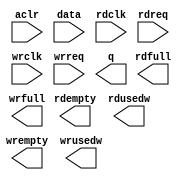
// megafunction wizard: %FIFO%VBB%
// GENERATION: STANDARD
// VERSION: WM1.0
// MODULE: dcfifo 

// ============================================================
// Megafunction Name(s):
// 			dcfifo
//
// Simulation Library Files(s):
// 			
// ============================================================
// ************************************************************
// THIS IS A WIZARD-GENERATED FILE. DO NOT EDIT THIS FILE!
//
// 14.0.0 Build 200 06/17/2014 SJ Full Version
// ************************************************************

//Copyright (C) 1991-2014 Altera Corporation. All rights reserved.
//Your use of Altera Corporation's design tools, logic functions 
//and other software and tools, and its AMPP partner logic 
//functions, and any output files from any of the foregoing 
//(including device programming or simulation files), and any 
//associated documentation or information are expressly subject 
//to the terms and conditions of the Altera Program License 
//Subscription Agreement, the Altera Quartus II License Agreement,
//the Altera MegaCore Function License Agreement, or other 
//applicable license agreement, including, without limitation, 
//that your use is for the sole purpose of programming logic 
//devices manufactured by Altera and sold by Altera or its 
//authorized distributors.  Please refer to the applicable 
//agreement for further details.

module alt_fifo_32b_64w (
	aclr,
	data,
	rdclk,
	rdreq,
	wrclk,
	wrreq,
	q,
	rdempty,
	rdfull,
	rdusedw,
	wrempty,
	wrfull,
	wrusedw);

	input	  aclr;
	input	[31:0]  data;
	input	  rdclk;
	input	  rdreq;
	input	  wrclk;
	input	  wrreq;
	output	[31:0]  q;
	output	  rdempty;
	output	  rdfull;
	output	[5:0]  rdusedw;
	output	  wrempty;
	output	  wrfull;
	output	[5:0]  wrusedw;
`ifndef ALTERA_RESERVED_QIS
// synopsys translate_off
`endif
	tri0	  aclr;
`ifndef ALTERA_RESERVED_QIS
// synopsys translate_on
`endif

endmodule

// ============================================================
// CNX file retrieval info
// ============================================================
// Retrieval info: PRIVATE: AlmostEmpty NUMERIC "0"
// Retrieval info: PRIVATE: AlmostEmptyThr NUMERIC "-1"
// Retrieval info: PRIVATE: AlmostFull NUMERIC "0"
// Retrieval info: PRIVATE: AlmostFullThr NUMERIC "-1"
// Retrieval info: PRIVATE: CLOCKS_ARE_SYNCHRONIZED NUMERIC "0"
// Retrieval info: PRIVATE: Clock NUMERIC "4"
// Retrieval info: PRIVATE: Depth NUMERIC "64"
// Retrieval info: PRIVATE: Empty NUMERIC "1"
// Retrieval info: PRIVATE: Full NUMERIC "1"
// Retrieval info: PRIVATE: INTENDED_DEVICE_FAMILY STRING "Cyclone II"
// Retrieval info: PRIVATE: LE_BasedFIFO NUMERIC "0"
// Retrieval info: PRIVATE: LegacyRREQ NUMERIC "0"
// Retrieval info: PRIVATE: MAX_DEPTH_BY_9 NUMERIC "0"
// Retrieval info: PRIVATE: OVERFLOW_CHECKING NUMERIC "0"
// Retrieval info: PRIVATE: Optimize NUMERIC "0"
// Retrieval info: PRIVATE: RAM_BLOCK_TYPE NUMERIC "0"
// Retrieval info: PRIVATE: SYNTH_WRAPPER_GEN_POSTFIX STRING "0"
// Retrieval info: PRIVATE: UNDERFLOW_CHECKING NUMERIC "0"
// Retrieval info: PRIVATE: UsedW NUMERIC "1"
// Retrieval info: PRIVATE: Width NUMERIC "32"
// Retrieval info: PRIVATE: dc_aclr NUMERIC "1"
// Retrieval info: PRIVATE: diff_widths NUMERIC "0"
// Retrieval info: PRIVATE: msb_usedw NUMERIC "0"
// Retrieval info: PRIVATE: output_width NUMERIC "32"
// Retrieval info: PRIVATE: rsEmpty NUMERIC "1"
// Retrieval info: PRIVATE: rsFull NUMERIC "1"
// Retrieval info: PRIVATE: rsUsedW NUMERIC "1"
// Retrieval info: PRIVATE: sc_aclr NUMERIC "0"
// Retrieval info: PRIVATE: sc_sclr NUMERIC "0"
// Retrieval info: PRIVATE: wsEmpty NUMERIC "1"
// Retrieval info: PRIVATE: wsFull NUMERIC "1"
// Retrieval info: PRIVATE: wsUsedW NUMERIC "1"
// Retrieval info: LIBRARY: altera_mf altera_mf.altera_mf_components.all
// Retrieval info: CONSTANT: INTENDED_DEVICE_FAMILY STRING "Cyclone II"
// Retrieval info: CONSTANT: LPM_NUMWORDS NUMERIC "64"
// Retrieval info: CONSTANT: LPM_SHOWAHEAD STRING "ON"
// Retrieval info: CONSTANT: LPM_TYPE STRING "dcfifo"
// Retrieval info: CONSTANT: LPM_WIDTH NUMERIC "32"
// Retrieval info: CONSTANT: LPM_WIDTHU NUMERIC "6"
// Retrieval info: CONSTANT: OVERFLOW_CHECKING STRING "ON"
// Retrieval info: CONSTANT: RDSYNC_DELAYPIPE NUMERIC "4"
// Retrieval info: CONSTANT: UNDERFLOW_CHECKING STRING "ON"
// Retrieval info: CONSTANT: USE_EAB STRING "ON"
// Retrieval info: CONSTANT: WRITE_ACLR_SYNCH STRING "OFF"
// Retrieval info: CONSTANT: WRSYNC_DELAYPIPE NUMERIC "4"
// Retrieval info: USED_PORT: aclr 0 0 0 0 INPUT GND "aclr"
// Retrieval info: USED_PORT: data 0 0 32 0 INPUT NODEFVAL "data[31..0]"
// Retrieval info: USED_PORT: q 0 0 32 0 OUTPUT NODEFVAL "q[31..0]"
// Retrieval info: USED_PORT: rdclk 0 0 0 0 INPUT NODEFVAL "rdclk"
// Retrieval info: USED_PORT: rdempty 0 0 0 0 OUTPUT NODEFVAL "rdempty"
// Retrieval info: USED_PORT: rdfull 0 0 0 0 OUTPUT NODEFVAL "rdfull"
// Retrieval info: USED_PORT: rdreq 0 0 0 0 INPUT NODEFVAL "rdreq"
// Retrieval info: USED_PORT: rdusedw 0 0 6 0 OUTPUT NODEFVAL "rdusedw[5..0]"
// Retrieval info: USED_PORT: wrclk 0 0 0 0 INPUT NODEFVAL "wrclk"
// Retrieval info: USED_PORT: wrempty 0 0 0 0 OUTPUT NODEFVAL "wrempty"
// Retrieval info: USED_PORT: wrfull 0 0 0 0 OUTPUT NODEFVAL "wrfull"
// Retrieval info: USED_PORT: wrreq 0 0 0 0 INPUT NODEFVAL "wrreq"
// Retrieval info: USED_PORT: wrusedw 0 0 6 0 OUTPUT NODEFVAL "wrusedw[5..0]"
// Retrieval info: CONNECT: @aclr 0 0 0 0 aclr 0 0 0 0
// Retrieval info: CONNECT: @data 0 0 32 0 data 0 0 32 0
// Retrieval info: CONNECT: @rdclk 0 0 0 0 rdclk 0 0 0 0
// Retrieval info: CONNECT: @rdreq 0 0 0 0 rdreq 0 0 0 0
// Retrieval info: CONNECT: @wrclk 0 0 0 0 wrclk 0 0 0 0
// Retrieval info: CONNECT: @wrreq 0 0 0 0 wrreq 0 0 0 0
// Retrieval info: CONNECT: q 0 0 32 0 @q 0 0 32 0
// Retrieval info: CONNECT: rdempty 0 0 0 0 @rdempty 0 0 0 0
// Retrieval info: CONNECT: rdfull 0 0 0 0 @rdfull 0 0 0 0
// Retrieval info: CONNECT: rdusedw 0 0 6 0 @rdusedw 0 0 6 0
// Retrieval info: CONNECT: wrempty 0 0 0 0 @wrempty 0 0 0 0
// Retrieval info: CONNECT: wrfull 0 0 0 0 @wrfull 0 0 0 0
// Retrieval info: CONNECT: wrusedw 0 0 6 0 @wrusedw 0 0 6 0
// Retrieval info: GEN_FILE: TYPE_NORMAL alt_fifo_32b_64w.v TRUE
// Retrieval info: GEN_FILE: TYPE_NORMAL alt_fifo_32b_64w.inc FALSE
// Retrieval info: GEN_FILE: TYPE_NORMAL alt_fifo_32b_64w.cmp FALSE
// Retrieval info: GEN_FILE: TYPE_NORMAL alt_fifo_32b_64w.bsf FALSE
// Retrieval info: GEN_FILE: TYPE_NORMAL alt_fifo_32b_64w_inst.v FALSE
// Retrieval info: GEN_FILE: TYPE_NORMAL alt_fifo_32b_64w_bb.v TRUE